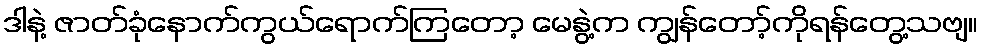
ဒါနဲ့ ဇာတ်ခုံနောက်ကွယ်ရောက်ကြတော့ မေနွဲ့က ကျွန်တော့်ကိုရန်တွေ့သဗျ။